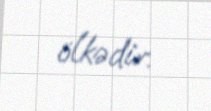
ölkədir.